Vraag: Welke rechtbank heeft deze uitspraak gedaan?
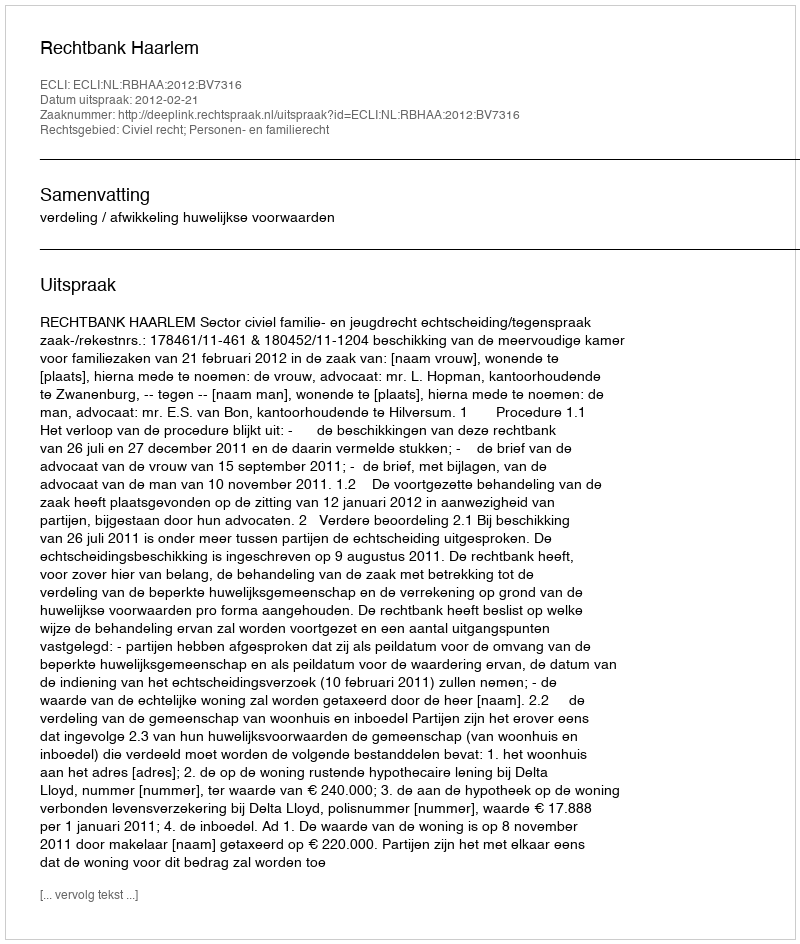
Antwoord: Rechtbank Haarlem